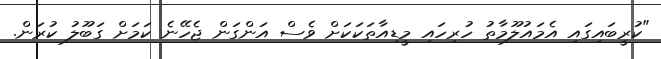
"ކުރީބައިގައި އެމައުލޫމާތު ހުރިހައި މީޑިއާތަކަކަށް ވެސް އަންގަން ޖެހޭނެ ކަމަށް ގަބޫލު ކުރަން.